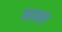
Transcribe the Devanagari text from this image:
काब्रल